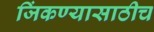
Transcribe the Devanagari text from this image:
जिंकण्यासाठीच